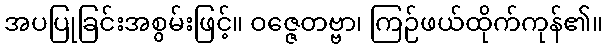
အပပြုခြင်းအစွမ်းဖြင့်။ ဝဇ္ဇေတဗ္ဗာ၊ ကြဉ်ဖယ်ထိုက်ကုန်၏။